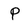
Character: P